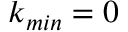
k _ { m i n } = 0